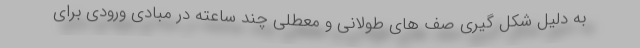
به دلیل شکل گیری صف های طولانی و معطلی چند ساعته در مبادی ورودی برای